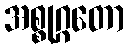
အစ္စုဂ္ဂတော